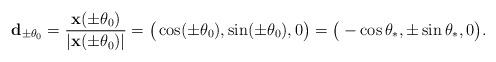
LaTeX: \begin{align*}{\bf d}_{\pm {\theta }_0} = \frac{{\bf x}(\pm {\theta }_0)}{|{\bf x}(\pm {\theta }_0)|} = \big( \cos (\pm {\theta }_0), \sin (\pm {\theta }_0), 0 \big) = \big( -\cos {\theta }_{\ast }, \pm \sin {\theta }_{\ast }, 0 \big). \end{align*}